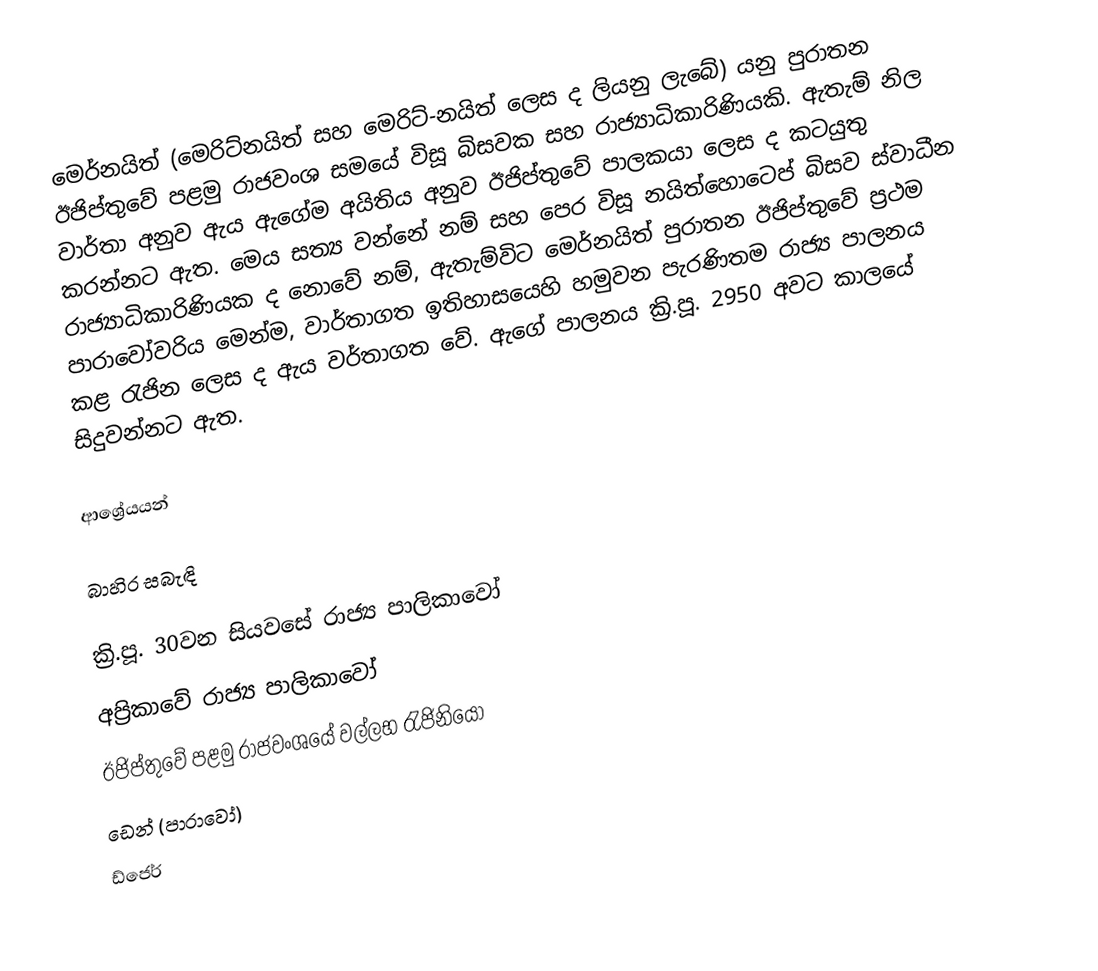
මෙර්නයිත් (මෙරිට්නයිත් සහ මෙරිට්-නයිත් ලෙස ද ලියනු ලැබේ) යනු පුරාතන ඊජිප්තුවේ පළමු රාජවංශ සමයේ විසූ බිසවක සහ රාජ්‍යාධිකාරිණියකි. ඇතැම් නිල වාර්තා අනුව ඇය ඇගේම අයිතිය අනුව ඊජිප්තුවේ පාලකයා ලෙස ද කටයුතු කරන්නට ඇත. මෙය සත්‍ය වන්නේ නම් සහ පෙර විසූ නයිත්හොටෙප් බිසව ස්වාධීන රාජ්‍යාධිකාරිණියක ද නොවේ නම්,  ඇතැම්විට මෙර්නයිත් පුරාතන ඊජිප්තුවේ ප්‍රථම පාරාවෝවරිය මෙන්ම, වාර්තාගත ඉතිහාසයෙහි හමුවන පැරණිතම රාජ්‍ය පාලනය කළ රැජින ලෙස ද ඇය වර්තාගත වේ. ඇගේ පාලනය ක්‍රි.පූ. 2950 අවට කාලයේ සිදුවන්නට ඇත.

ආශ්‍රේයයන්

බාහිර සබැඳි

ක්‍රි.පූ. 30වන සියවසේ රාජ්‍ය පාලිකාවෝ
අප්‍රිකාවේ රාජ්‍ය පාලිකාවෝ
ඊජිප්තුවේ පළමු රාජවංශයේ වල්ලභ රැජිනියෝ
ඩෙන් (පාරාවෝ)
ඩ්ජෙර්